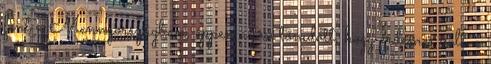
fent a Mennyországban, éppen azon tőnıdött, hogy érdemes volt-e